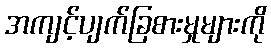
အကျင့်ပျက်ခြစားမှုများကို